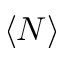
\left\langle N \right\rangle